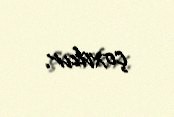
çoxdur.